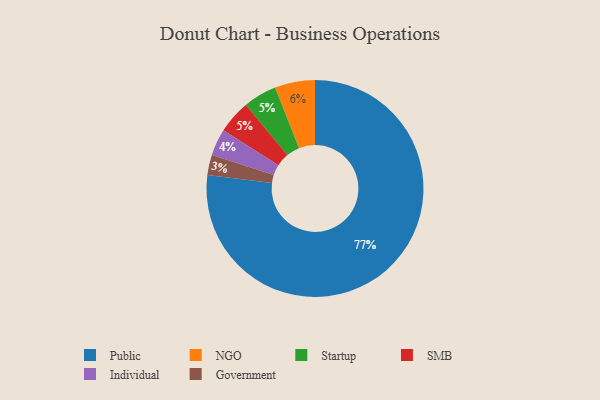
{"axis": {"x": "Category", "y": "Percentage"}, "legend": ["Government", "Individual", "NGO", "Public", "SMB", "Startup"], "data": [{"x": "Individual", "y": 4, "type": "Individual"}, {"x": "Government", "y": 3, "type": "Government"}, {"x": "Public", "y": 77, "type": "Public"}, {"x": "Startup", "y": 5, "type": "Startup"}, {"x": "SMB", "y": 5, "type": "SMB"}, {"x": "NGO", "y": 6, "type": "NGO"}]}